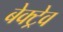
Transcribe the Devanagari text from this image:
बेक्ट्रेव